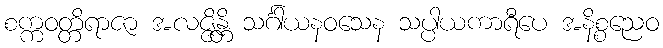
စက္ကဝတ္တိရာဇာ အလဇ္ဇိန္တိ သင်္ဂါယနဝသေန သပ္ပါယကာရီပေ အနိစ္စညေဝ